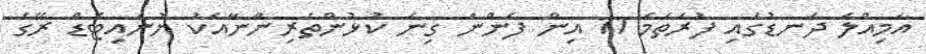
އަމިއްލަ ދަނޑުގައި ފުރަތަމަ 11 އިން ފެންނަ ގިނަ ކުޅުންތެރިންނާއެކު ޔުނައިޓެޑް ރޭގެ